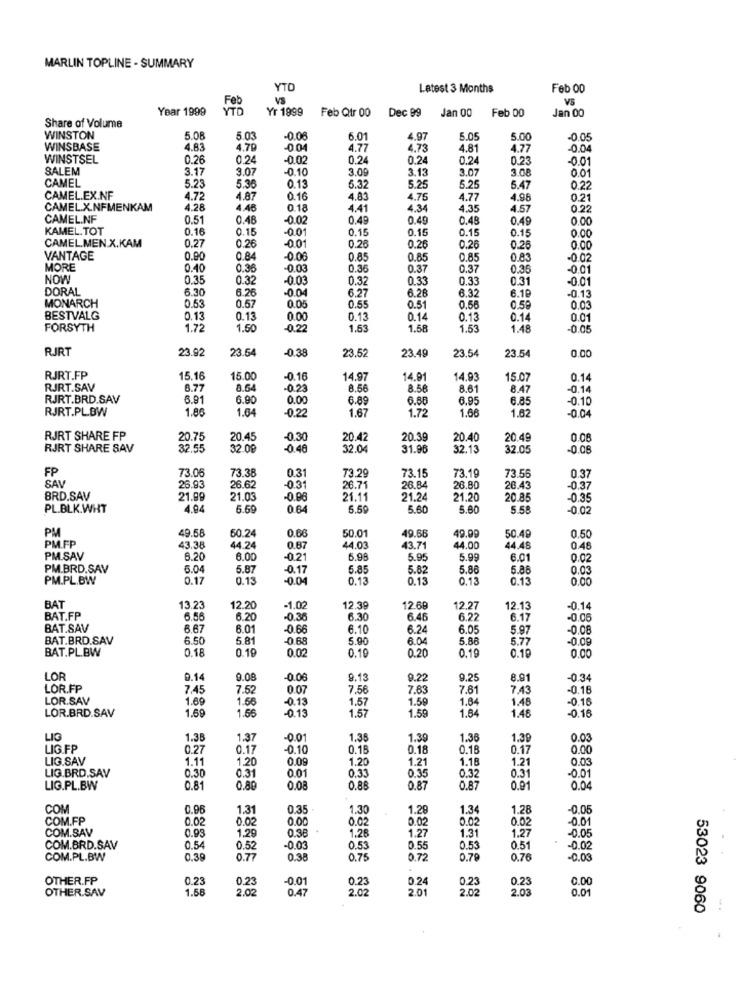
MARLIN TOPLINE - SUMMARY
YTO
Latest 3 Months
Feb 00
Feb
VS
VS
Year 1999
Yr 1999
Feb Qtr 00
Dec 99
Jan 00
Feb 00
Jan 00
Share of Volume
WINSTON
5.08
5.0
-0.08
6.01
4.97
5.05
5.00
-0.05
WINSBASE
4.83
1.79
-0.04
4.77
4.73
4.81
4.77
-0.04
WINSTSEL
0.26
0.24
-0.02
0.24
0.24
0.24
0.23
-0.0
SALEM
3.17
3.07
-0.10
3.00
3.13
3.07
3.08
0.01
CAMEL
5.23
5.36
0.13
6.32
5.25
5.25
5.47
0.22
CAMEL.EX.NF
4.72
4.87
0.16
4.83
4.75
4.77
4.98
0.21
CAMEL.X.NFMENKAM
4.28
4.46
0.18
4.41
4.34
4.35
4.57
0.22
CAMEL.NF
0.51
0.48
-0.02
0.49
0.49
0.48
0.49
0.00
KAMEL.TOT
0.16
0.15
001
0.15
0.15
0.15
0.15
0.00
CAMEL.MEN.X.KAM
0.27
0.26
-0.01
0.26
0.26
0.26
0.26
0.00
VANTAGE
0.90
0.84
-0.00
0.85
0.85
0.85
0.83
-0.02
MORE
0.40
0.36
-0.03
0.36
0.37
0.37
0.35
-0.01
NOW
0.35
0.32
-0.03
0.32
0.33
0.33
0.31
-0.01
DORAL
6.30
6.26
-0.04
6.27
6.26
6.32
MONARCH
0.53
0.57
6.10
-0.13
0.05
0.55
0.51
0.56
0.5P
0.03
BESTVALG
0.13
0.13
0.00
0.13
0.14
0.13
0.14
0.01
FORSYTH
1.72
1.50
-0.22
1.53
1.58
1.53
1.48
-0.0
RJRT
23.92
23.54
-0.38
23.52
23.49
23.54
0.00
23.54
RJRT.FP
15.16
15.00
-0.16
14.97
14.91
14.93
15.07
0.14
RJRT.SAV
8.77
0.64
-0.23
8.56
8.58
8.61
8.47
-0.14
RJRT.BRD.SAV
6.91
6.90
0.00
6.89
6.88
6.95
6.85
-0.10
RJRT.PL.BW
1.86
1.64
1.67
1.72
1.66
-0.22
-0.04
RJRT SHARE FP
20.75
20.45
-0.30
20.42
20.39
20.40
20.49
0.08
RJRT SHARE SAV
32.55
32 08
-0.46
32.04
31.96
32.13
32.05
-0.08
FP
73.56
SAV
73.06
73.38
0.31
73.29
73.15
73.19
0 37
26.93
26.62
-0.31
26.71
26.84
26.80
26.43
-0.37
BRD.SAV
21.99
21.03
-0.08
21.11
21.24
21.20
20.85
-0.35
PL.BLK.WHT
4.94
6.69
0.64
5.50
5.60
5.80
5.58
-0.02
PM
60.24
49.58
0.66
50.01
49.66
49.99
50.49
0.50
PM.FP
43.38
44.24
0.67
44.03
43.71
44.00
44.48
0.48
PM.SAV
6.20
6.00
-0.21
6.98
5.9
5.99
6.01
0.02
PM.BRD.SAV
6.04
5.87
-0.17
5.8
5.82
5.86
5.88
0.03
PM.PL.BW
0.17
0.13
0.04
0.13
0.13
0.13
0.00
BAT
13.2
12.20
-1.02
12.39
12.66
12.27
12.13
-0.14
BAT.FP
6.56
6.20
-0.36
6.30
6.46
6.22
6.17
-0.05
BAT.SAV
6.67
6.01
-0.66
6.10
6.24
6.05
5.97
-0.08
BAT.BRD.SAV
6.50
5.81
-0.68
5.90
6.04
5.88
5.77
-0.09
BAT.PL.BW
0.18
0.19
0.19
0.20
0.19
0.10
0.00
LOR
9.14
9.08
-0.00
9.13
9.22
9.25
8.91
-0.34
LOR.FP
7.45
7.52
0.07
7.56
7.63
7.61
7.43
0.18
LOR.SAV
1.69
1.56
-0.13
1.57
1.59
1.84
1.48
-0.16
LOR.BRD.SAV
1.69
1.56
-0.15
1.57
1.59
1.64
1.48
-0.16
LIG
1.38
1.37
-0.01
1.35
1.39
1.36
1.39
0.03
LIG FP
0.27
0.17
0.10
0.16
0.18
0.18
0.17
0.00
LIG.SAV
1.11
1.20
0.09
1.20
1.21
1.18
1.21
0.03
0.33
LIG.BRD.SAV
0.30
0.31
0.01
0.35
0.32
0.31
-0.01
LIG.PL.BW
0.81
0.80
0.08
0.85
0.87
0.87
0.01
0.04
COM
0.96
1.31
0.35
1.30
1.28
1.34
1.28
-0.05
COM.FP
0.02
0.02
0.00
0.02
0.02
0.02
0.02
-0.01
COM.SAV
0.93
1.29
0.38
1.28
1.27
1.31
1.27
-0.05
COM.BRD.SAV
0.54
0.52
-0.03
0.53
0.55
0.53
0.51
0.02
COM.PL.BW
0.39
0.77
0.38
0.75
0.72
0.79
0.76
-0.03
OTHER.FP
0.23
0.23
-0.01
0.23
0.23
0.23
0.00
OTHER.SAV
1.58
2.02
0.47
2.02
0.24
201
2.02
2.03
0.01
53023 9060